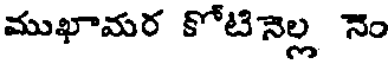
ముఖామర కోటినెల్ల నెం